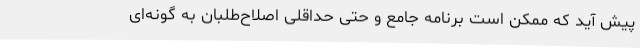
پیش آید که ممکن است برنامه جامع و حتی حداقلی اصلاح‌طلبان به گونه‌ای